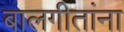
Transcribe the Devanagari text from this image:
बालगीतांना